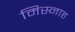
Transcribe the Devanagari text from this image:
मिस्नाह